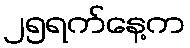
၂၅ရက်နေ့က